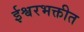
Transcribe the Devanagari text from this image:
ईश्वरभक्तीत